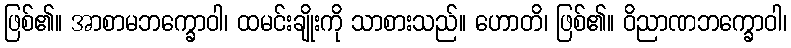
ဖြစ်၏။ အာစာမဘက္ခောဝါ၊ ထမင်းချိုးကို သာစားသည်။ ဟောတိ၊ ဖြစ်၏။ ဝိညာဏဘက္ခောဝါ၊